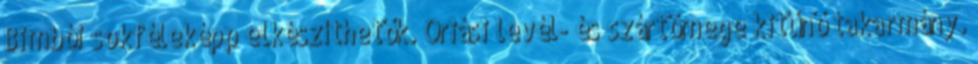
Bimbói sokféleképp elkészíthetők. Óriási levél- és szártömege kitűnő takarmány.